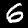
Digit: 6